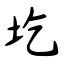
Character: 圪